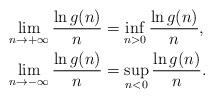
LaTeX: \begin{align*}\lim\limits_{n\to + \infty} \frac{\ln g(n)}{n}&=\inf\limits_{n>0}\frac{\ln g(n)}{n},\\\lim\limits_{n\to - \infty} \frac{\ln g(n)}{n}&=\sup\limits_{n<0}\frac{\ln g(n)}{n}.\end{align*}